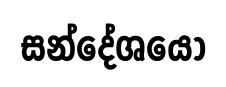
සන්දේශයෝ